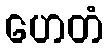
ဟေတံ